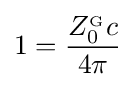
1={\frac {Z_{0}^{_{\mathrm {G} }}c}{4\pi }}